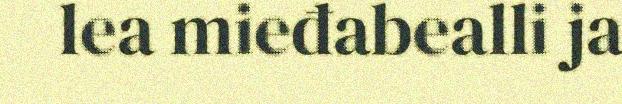
lea mieđabealli ja